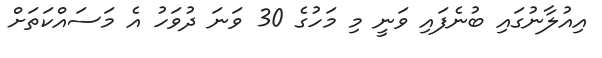
އިއުލާނުގައި ބުނެފައި ވަނީ މި މަހުގެ 30 ވަނަ ދުވަހު އެ މަސައްކަތަށް